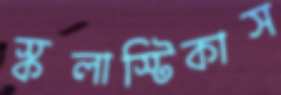
স্কলাস্টিকাস